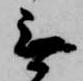
無